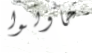
حاولوا